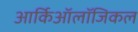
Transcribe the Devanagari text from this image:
आर्किऑलॉजिकल